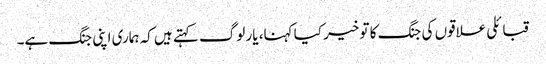
قبائلی علاقوں کی جنگ کا تو خیر کیا کہنا، یار لوگ کہتے ہیں کہ ہماری اپنی جنگ ہے۔